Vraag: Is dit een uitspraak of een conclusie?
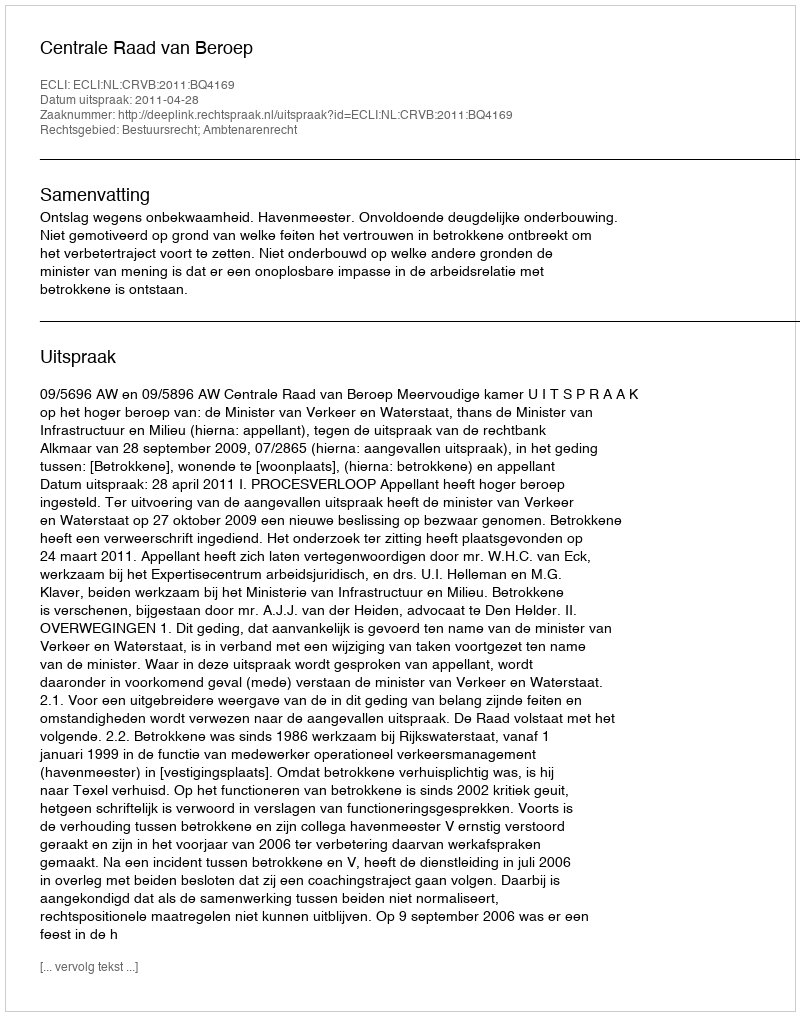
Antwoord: Uitspraak